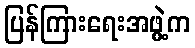
ပြန်ကြားရေးအဖွဲ့က